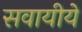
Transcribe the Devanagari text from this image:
सवायीये